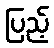
ပြည့်